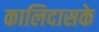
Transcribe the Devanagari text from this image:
कालिदासके